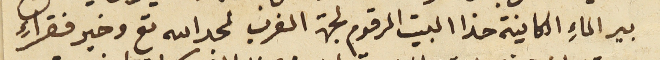
بير الماءِ الكاينة حذا البيت المرقوم لجهة الغرب لمجد الله تع وخير فقراءِ